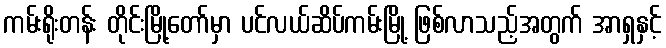
ကမ်းရိုးတန်း တိုင်းမြို့တော်မှာ ပင်လယ်ဆိပ်ကမ်းမြို့ ဖြစ်လာသည့်အတွက် အာရှနှင့်